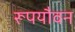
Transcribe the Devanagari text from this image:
रूपयौवन